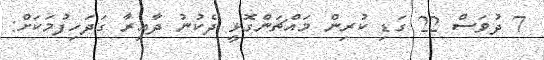
7 ދުވަސް 22 ގަޑި ކުރިން މައްޗަންގޮޅީ ދެކުނު ދާއިރާ ގަދަހިފުމަކަށް: